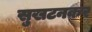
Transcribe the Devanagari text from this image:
सुखटनकर